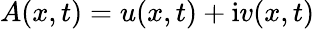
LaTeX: A(x,t)=u(x,t)+\mathrm{{i}}v(x,t)